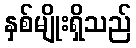
နှစ်မျိုးရှိသည်